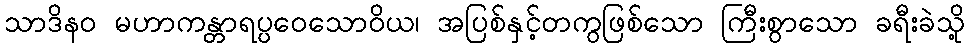
သာဒိနဝ မဟာကန္တာရပ္ပဝေသောဝိယ၊ အပြစ်နှင့်တကွဖြစ်သော ကြီးစွာသော ခရီးခဲသို့